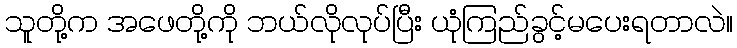
သူတို့က အဖေတို့ကို ဘယ်လိုလုပ်ပြီး ယုံကြည်ခွင့်မပေးရတာလဲ။